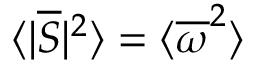
\langle | \overline { { S } } | ^ { 2 } \rangle = \langle \overline { { \omega } } ^ { 2 } \rangle